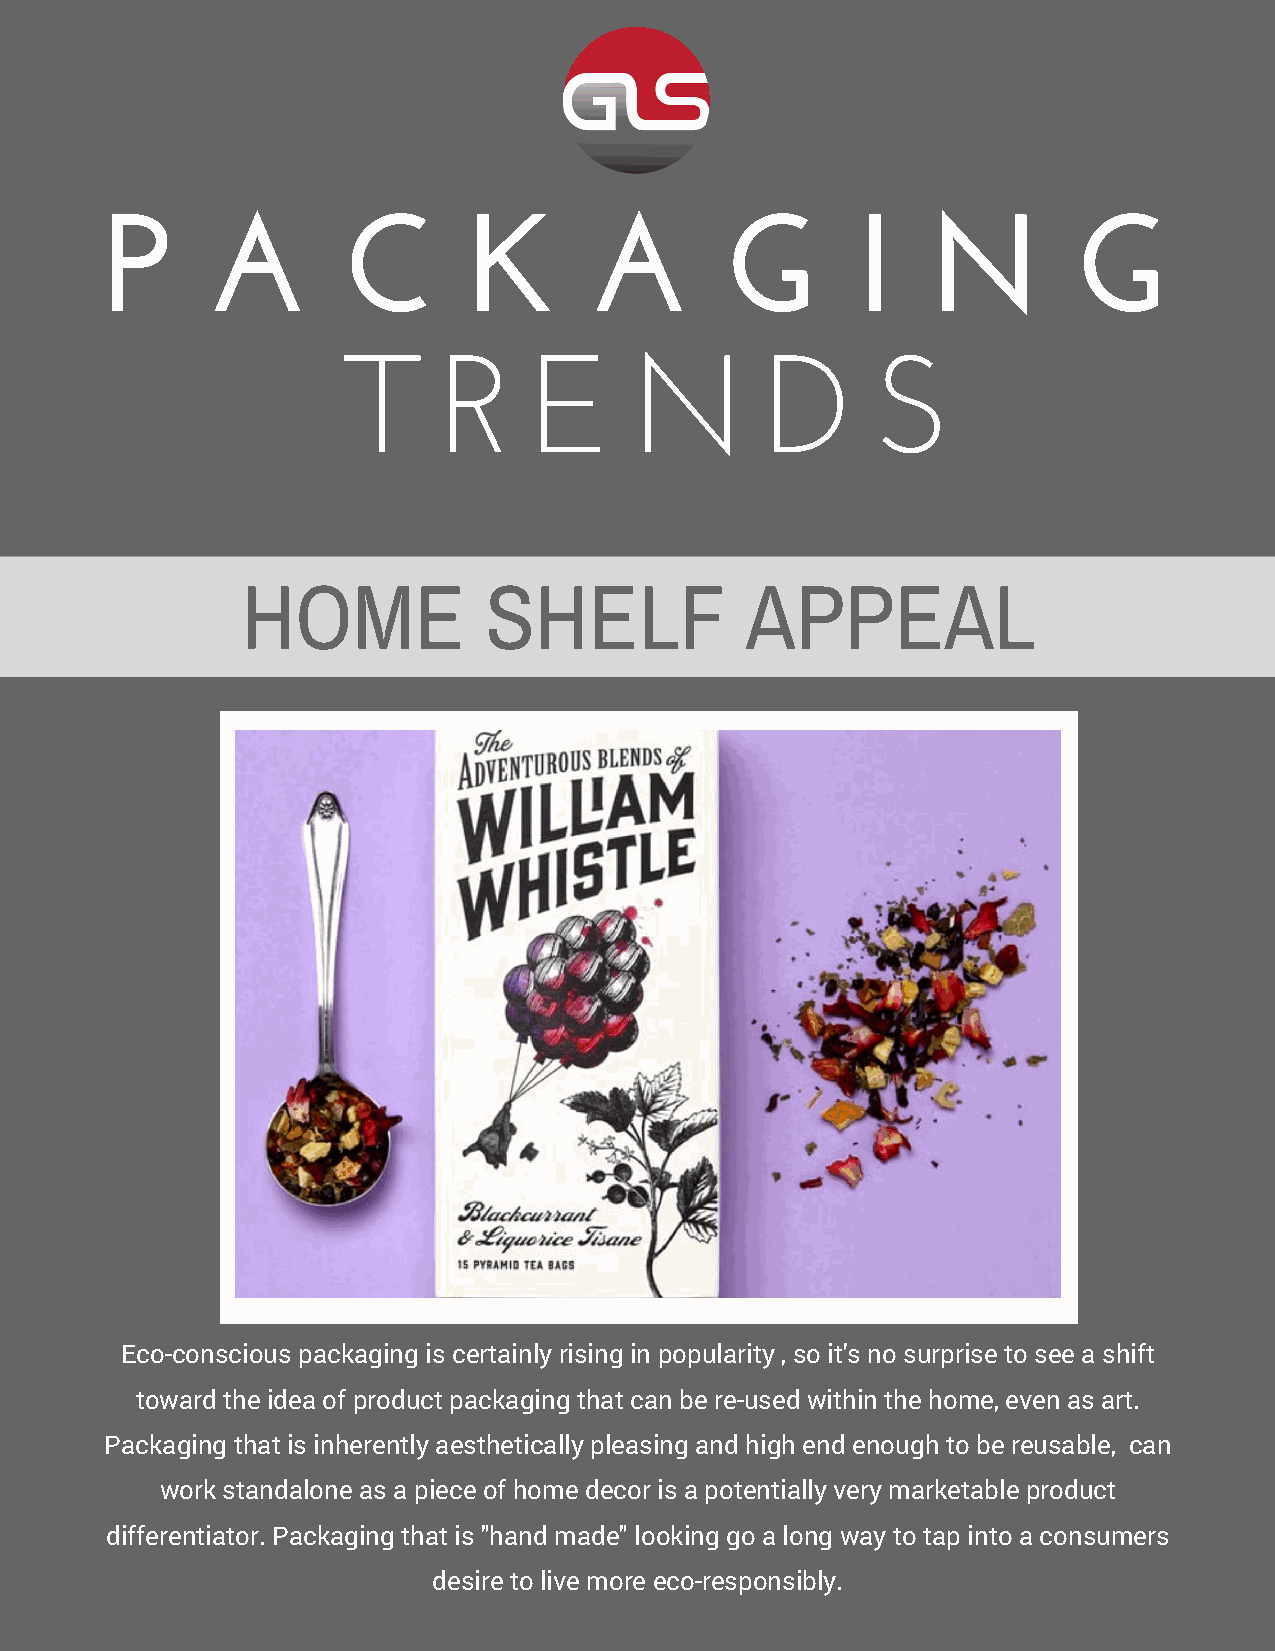
P      A        C       K       A        G        I   N         G
 T     R     E      N        D      S
 HOME            SHELF            APPEAL
 Eco-conscious packaging is certainly rising in popularity , so it's no surprise to see a shift
 toward the idea of product packaging that can be re-used within the home, even as art.
 Packaging that is inherently aesthetically pleasing and high end enough to be reusable, can
 work standalone as a piece of home decor is a potentially very marketable product
 differentiator. Packaging that is "hand made" looking go a long way to tap into a consumers
 desire to live more eco-responsibly.